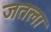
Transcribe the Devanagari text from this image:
जतला